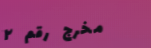
مخرج رقم ٢